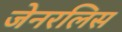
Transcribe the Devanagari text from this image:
जेनरलिस